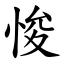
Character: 悛